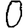
Digit: 0